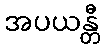
အပယန္တီ